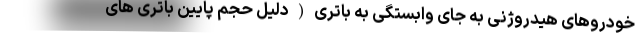
خودروهای هیدروژنی به جای وابستگی به باتری(دلیل حجم پایین باتری های